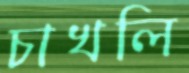
চাখলি